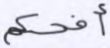
أفحكم